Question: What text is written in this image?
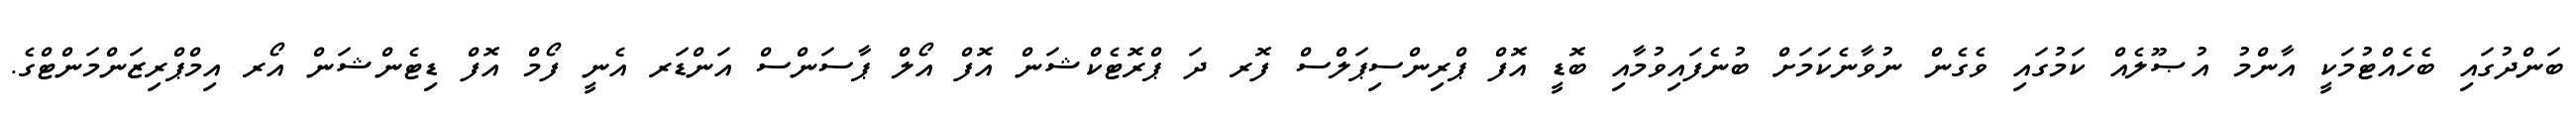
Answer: ބަންދުގައި ބެހެއްޓުމަކީ އާންމު އުޞޫލެއް ކަމުގައި ވެގެން ނުވާނެކަމަށް ބުނެފައިވުމާއި ބޮޑީ އޮފް ޕްރިންސިޕަލްސް ފޮރ ދަ ޕްރޮޓެކްޝަން އޮފް އޯލް ޕާސަންސް އަންޑަރ އެނީ ފޯމް އޮފް ޑިޓެންޝަން އޯރ އިމްޕްރިޒަންމަންޓްގެ.